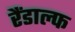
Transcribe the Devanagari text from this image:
रैंडाल्फ